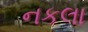
નકલા